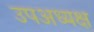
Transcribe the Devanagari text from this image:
उपअध्यक्ष